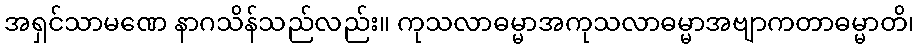
အရှင်သာမဏေ နာဂသိန်သည်လည်း။ ကုသလာဓမ္မာအကုသလာဓမ္မာအဗျာကတာဓမ္မာတိ၊